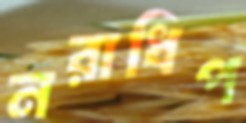
নরাধিপ